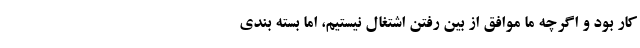
کار بود و اگرچه ما موافق از بین رفتن اشتغال نیستیم، اما بسته بندی